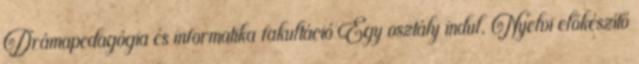
Drámapedagógia és informatika fakultáció Egy osztály indul. Nyelvi előkészítő